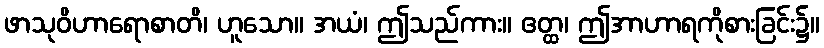
ဖာသုဝိဟာရောစာတိ၊ ဟူသော။ အယံ၊ ဤသည်ကား။ ဧတ္ထ၊ ဤအာဟာရကိုစားခြင်း၌။